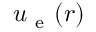
\boldsymbol { u } _ { \mathrm { ~ e ~ } } ( \boldsymbol { r } )